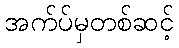
အက်ပ်မှတစ်ဆင့်